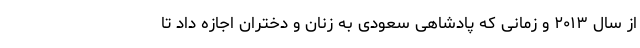
از سال ۲۰۱۳ و زمانی که پادشاهی سعودی به زنان و دختران اجازه داد تا